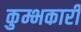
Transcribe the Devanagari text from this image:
कुम्भकारी